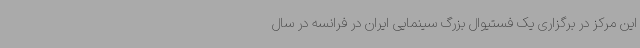
این مرکز در برگزاری یک فستیوال بزرگ سینمایی ایران در فرانسه در سال